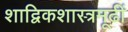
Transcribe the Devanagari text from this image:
शाद्विकशास्त्रमूढीं